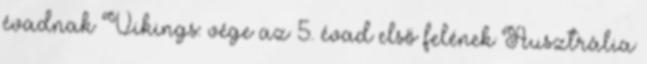
évadnak Vikings: vége az 5. évad első felének Ausztrália